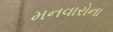
મનવારોના